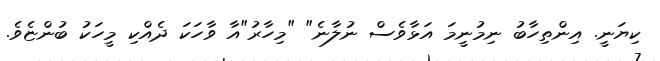
ކިޔަނީ. އިންތިހާބު ނިމުނީމަ އަޅާވެސް ނުލާނެ" "މިހާރު"އާ ވާހަކަ ދެއްކި މީހަކު ބުންޏެވެ.